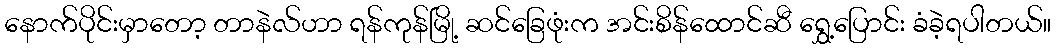
နောက်ပိုင်းမှာတော့ တာနဲလ်ဟာ ရန်ကုန်မြို့ ဆင်ခြေဖုံးက အင်းစိန်ထောင်ဆီ ရွှေ့ပြောင်း ခံခဲ့ရပါတယ်။